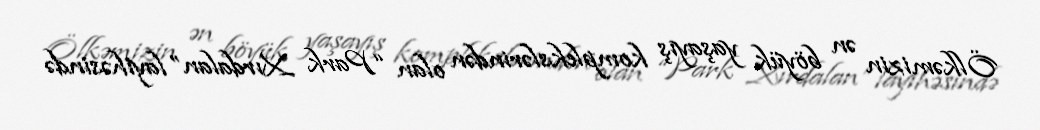
Ölkəmizin ən böyük yaşayış komplekslərindən olan “Park Xırdalan” layihəsində